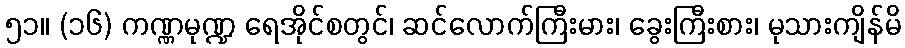
၅၁။ (၁၆) ကဏ္ဏမုဏ္ဍ ရေအိုင်စတွင်၊ ဆင်လောက်ကြီးမား၊ ခွေးကြီးစား၊ မုသားကျိန်မိ